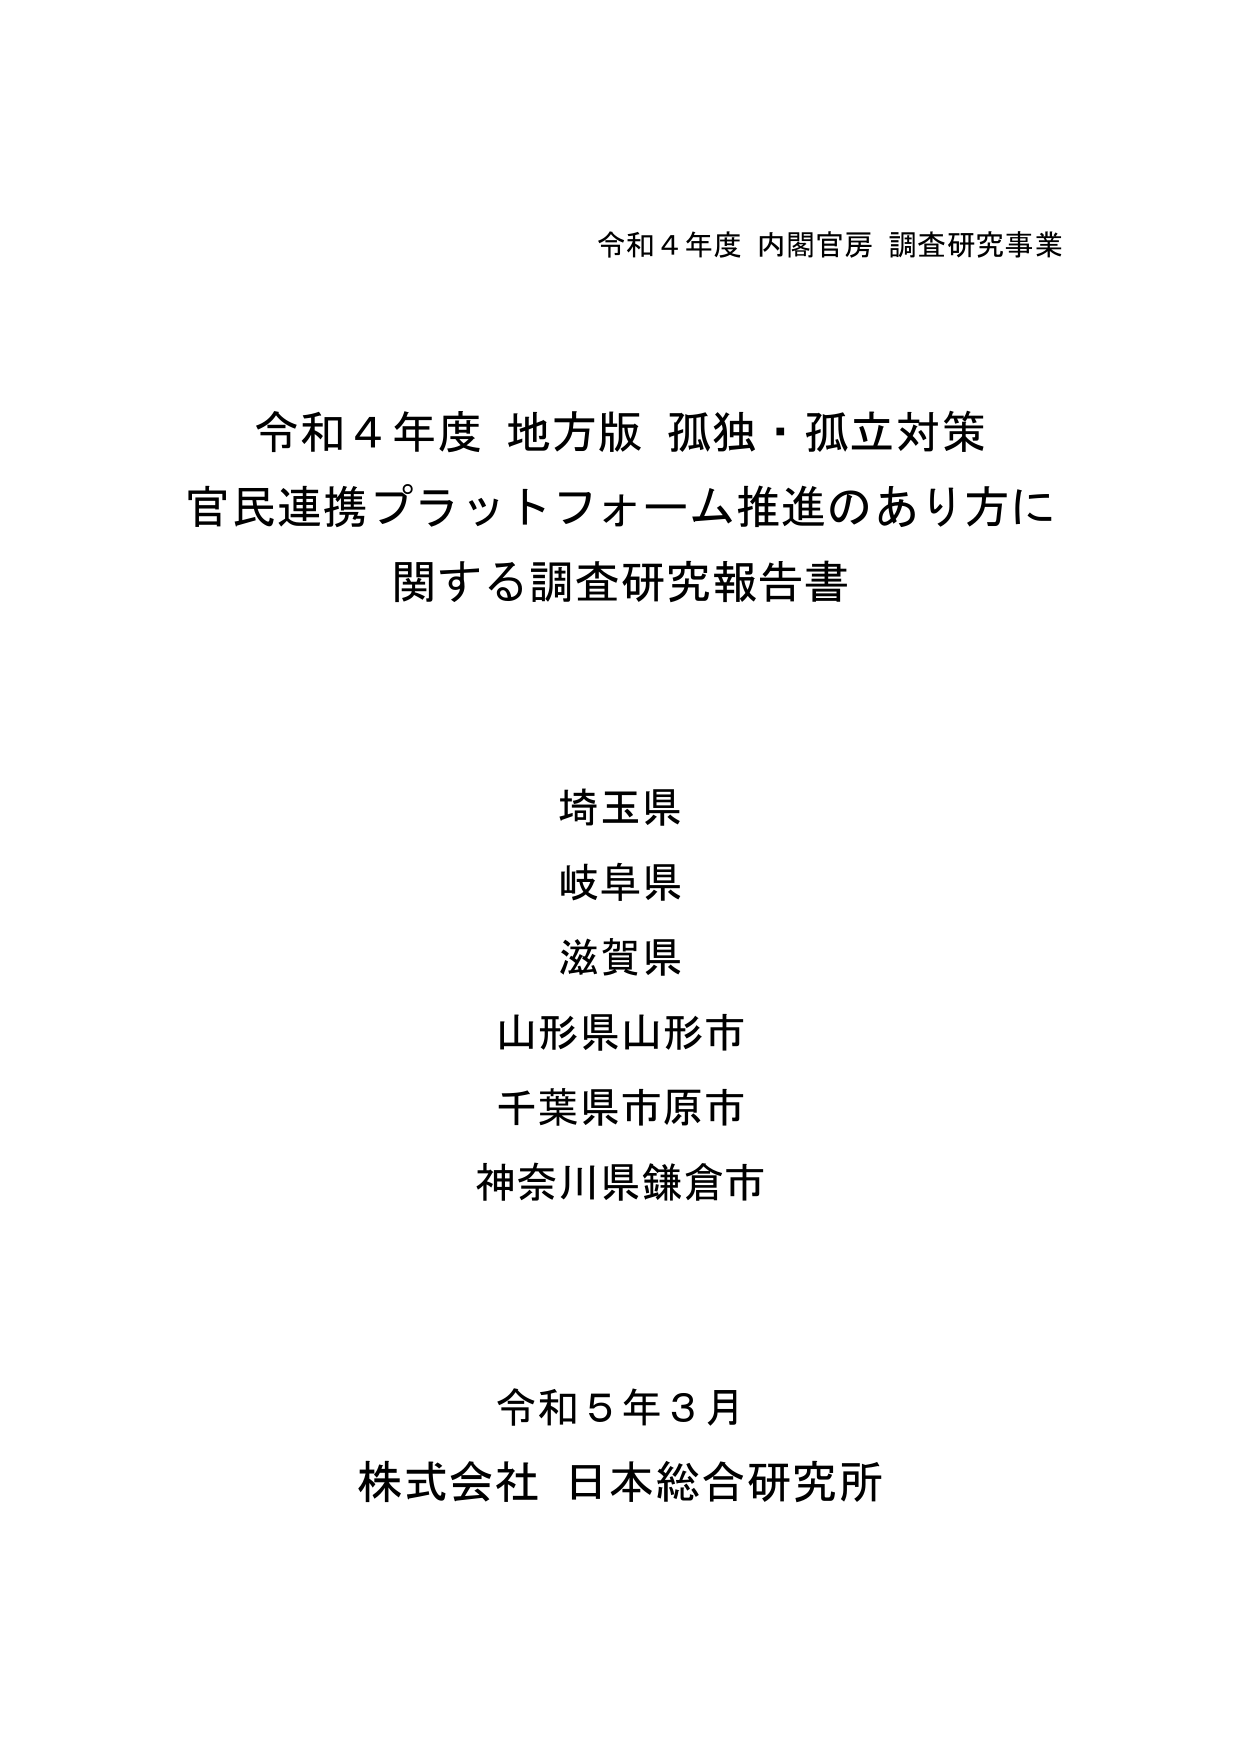
令和４年度 内閣官房 調査研究事業

令和４年度 地方版 孤独・孤立対策
官民連携プラットフォーム推進のあり方に関する調査研究報告書

埼玉県
岐阜県
滋賀県
山形県山形市
千葉県市原市
神奈川県鎌倉市

令和５年３月
株式会社 日本総合研究所